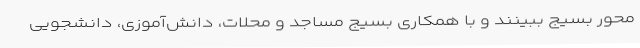
محور بسیج ببینند و با همکاری بسیج مساجد و محلات، دانش‌آموزی، دانشجویی